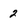
Character: 2